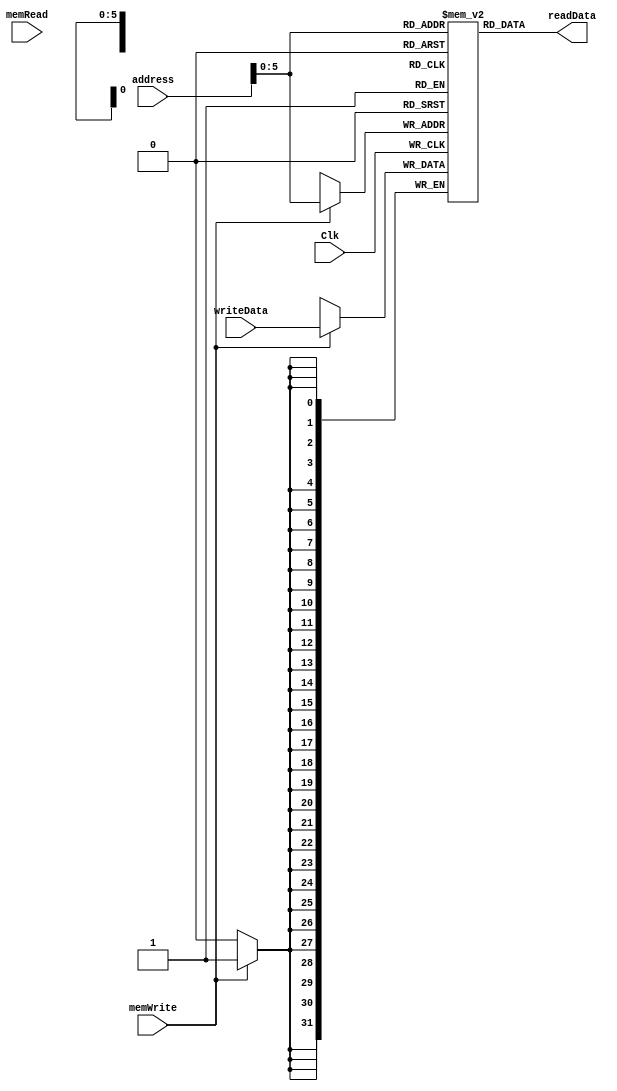
`timescale 1ns / 1ps
//////////////////////////////////////////////////////////////////////////////////
// Company: 
// Engineer: 
// 
// Design Name: 
// Module Name: dataMemory
// Project Name: 
// Target Devices: 
// Tool Versions: 
// Description: 
// 
// Dependencies: 
// 
// Revision:
// Revision 0.01 - File Created
// Additional Comments:
// 
//////////////////////////////////////////////////////////////////////////////////


module dataMemory(
    input Clk,
    input [31:0] address,
    input [31:0] writeData,
    input memWrite,
    input memRead,
    output [31:0] readData
    );
    
    reg [31:0] ReadData=0;
    reg [31:0] memFile[0:63];
    
    always@ (memRead or memWrite)
    begin
        ReadData = memFile[address];
    end
    
    always@ (negedge Clk)
    begin
        if (memWrite)
            memFile[address] = writeData;
    end
    assign readData = ReadData;
endmodule